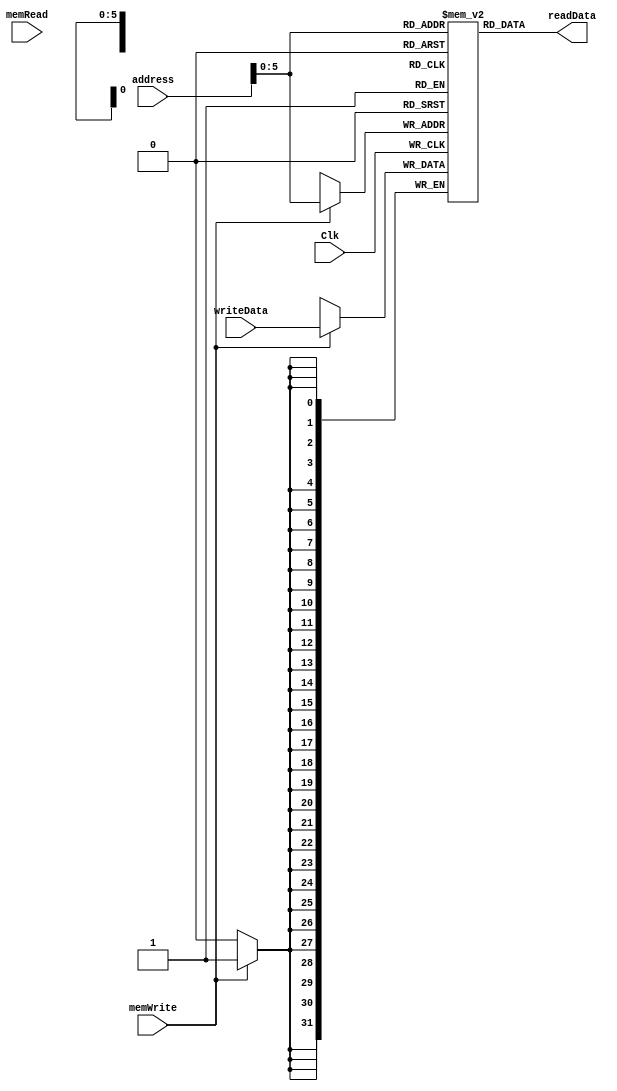
`timescale 1ns / 1ps
//////////////////////////////////////////////////////////////////////////////////
// Company: 
// Engineer: 
// 
// Design Name: 
// Module Name: dataMemory
// Project Name: 
// Target Devices: 
// Tool Versions: 
// Description: 
// 
// Dependencies: 
// 
// Revision:
// Revision 0.01 - File Created
// Additional Comments:
// 
//////////////////////////////////////////////////////////////////////////////////


module dataMemory(
    input Clk,
    input [31:0] address,
    input [31:0] writeData,
    input memWrite,
    input memRead,
    output [31:0] readData
    );
    
    reg [31:0] ReadData=0;
    reg [31:0] memFile[0:63];
    
    always@ (memRead or memWrite)
    begin
        ReadData = memFile[address];
    end
    
    always@ (negedge Clk)
    begin
        if (memWrite)
            memFile[address] = writeData;
    end
    assign readData = ReadData;
endmodule